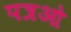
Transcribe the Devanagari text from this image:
पत्रओ